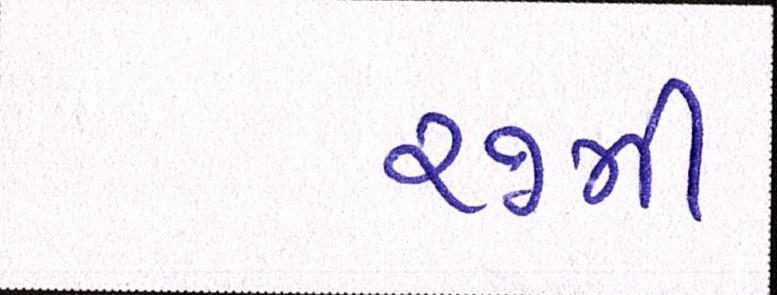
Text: ૨૭મી